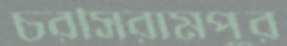
চরসিরামপুর